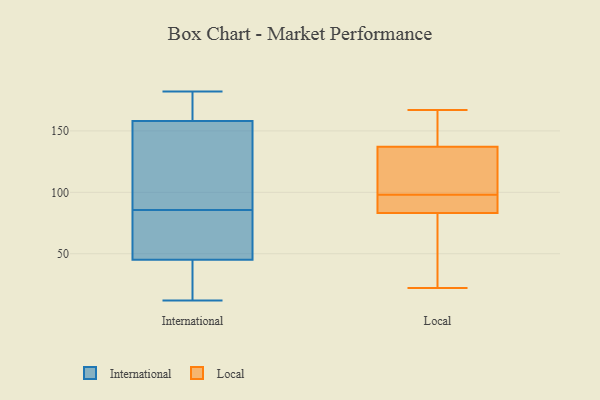
{"axis": {"x": "Churn Rate (%)", "y": "Value"}, "legend": ["International", "Local"], "data": [{"x": "", "y": 178, "type": "International"}, {"x": "", "y": 29, "type": "International"}, {"x": "", "y": 59, "type": "International"}, {"x": "", "y": 158, "type": "International"}, {"x": "", "y": 93, "type": "International"}, {"x": "", "y": 179, "type": "International"}, {"x": "", "y": 12, "type": "International"}, {"x": "", "y": 97, "type": "International"}, {"x": "", "y": 182, "type": "International"}, {"x": "", "y": 78, "type": "International"}, {"x": "", "y": 45, "type": "International"}, {"x": "", "y": 16, "type": "International"}, {"x": "", "y": 119, "type": "International"}, {"x": "", "y": 55, "type": "International"}, {"x": "", "y": 138, "type": "Local"}, {"x": "", "y": 78, "type": "Local"}, {"x": "", "y": 108, "type": "Local"}, {"x": "", "y": 134, "type": "Local"}, {"x": "", "y": 85, "type": "Local"}, {"x": "", "y": 83, "type": "Local"}, {"x": "", "y": 66, "type": "Local"}, {"x": "", "y": 166, "type": "Local"}, {"x": "", "y": 167, "type": "Local"}, {"x": "", "y": 84, "type": "Local"}, {"x": "", "y": 102, "type": "Local"}, {"x": "", "y": 157, "type": "Local"}, {"x": "", "y": 112, "type": "Local"}, {"x": "", "y": 94, "type": "Local"}, {"x": "", "y": 84, "type": "Local"}, {"x": "", "y": 98, "type": "Local"}, {"x": "", "y": 159, "type": "Local"}, {"x": "", "y": 42, "type": "Local"}, {"x": "", "y": 22, "type": "Local"}]}